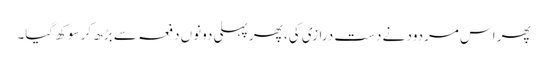
پھر اس مردود نے دست درازی کی، پھر پہلی دونوں دفعہ سے بڑھ کر سوکھ گیا۔